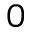
0